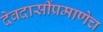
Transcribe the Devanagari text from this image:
देवदासींप्रमाणेच